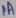
Text: 1A